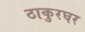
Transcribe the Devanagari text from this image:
ठाकुरघर